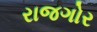
રાજગોર